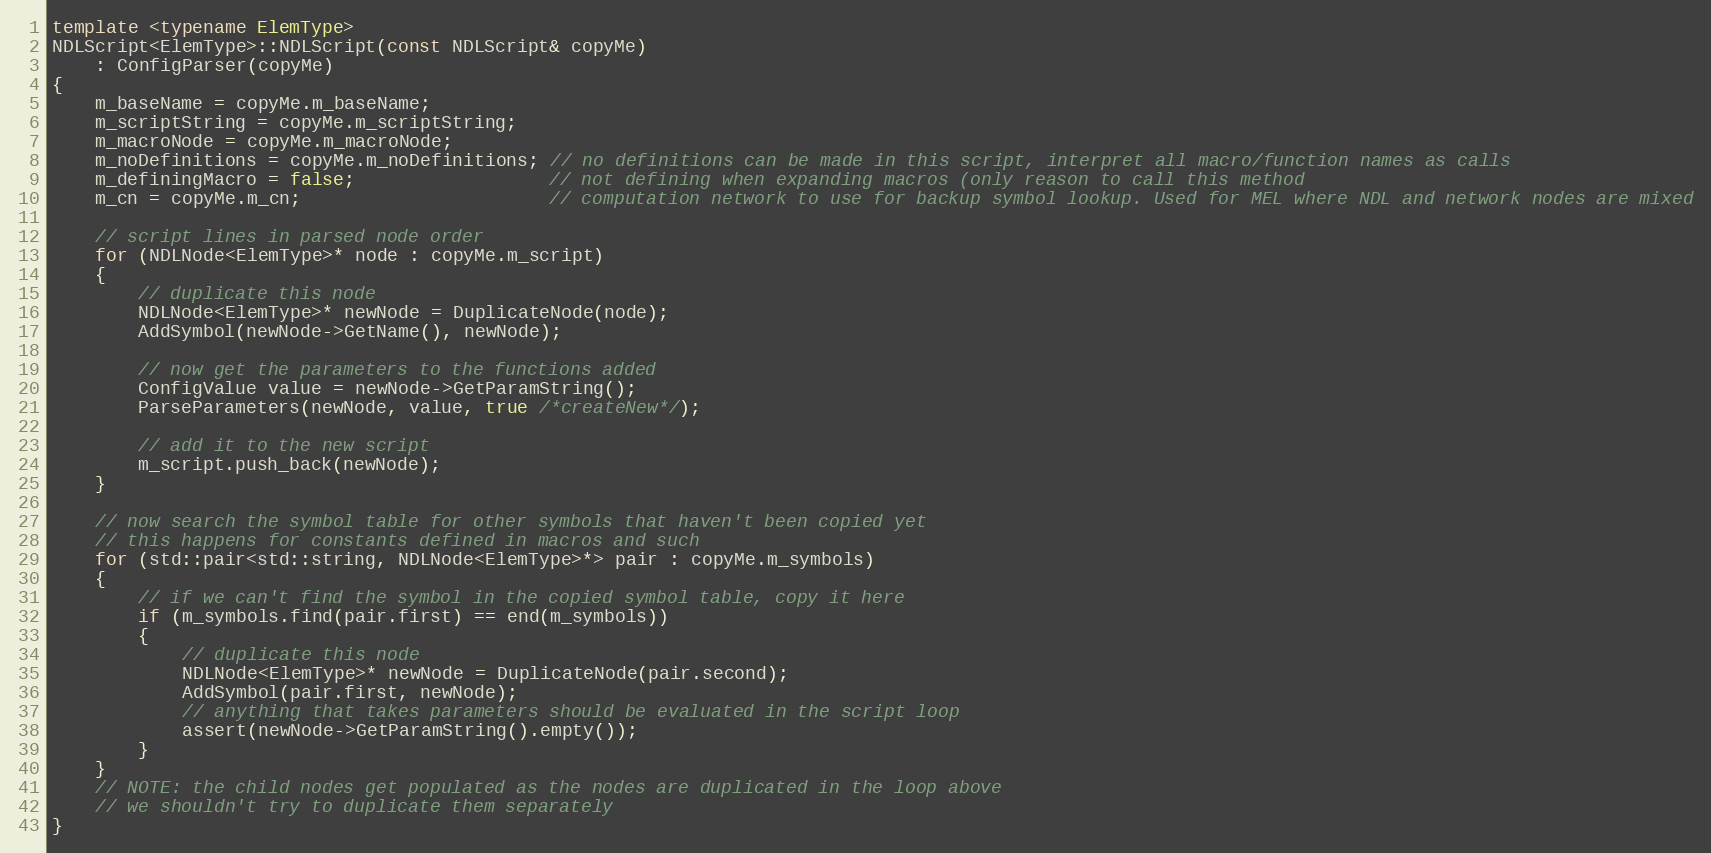
Language: C++
template <typename ElemType>
NDLScript<ElemType>::NDLScript(const NDLScript& copyMe)
    : ConfigParser(copyMe)
{
    m_baseName = copyMe.m_baseName;
    m_scriptString = copyMe.m_scriptString;
    m_macroNode = copyMe.m_macroNode;
    m_noDefinitions = copyMe.m_noDefinitions; // no definitions can be made in this script, interpret all macro/function names as calls
    m_definingMacro = false;                  // not defining when expanding macros (only reason to call this method
    m_cn = copyMe.m_cn;                       // computation network to use for backup symbol lookup. Used for MEL where NDL and network nodes are mixed

    // script lines in parsed node order
    for (NDLNode<ElemType>* node : copyMe.m_script)
    {
        // duplicate this node
        NDLNode<ElemType>* newNode = DuplicateNode(node);
        AddSymbol(newNode->GetName(), newNode);

        // now get the parameters to the functions added
        ConfigValue value = newNode->GetParamString();
        ParseParameters(newNode, value, true /*createNew*/);

        // add it to the new script
        m_script.push_back(newNode);
    }

    // now search the symbol table for other symbols that haven't been copied yet
    // this happens for constants defined in macros and such
    for (std::pair<std::string, NDLNode<ElemType>*> pair : copyMe.m_symbols)
    {
        // if we can't find the symbol in the copied symbol table, copy it here
        if (m_symbols.find(pair.first) == end(m_symbols))
        {
            // duplicate this node
            NDLNode<ElemType>* newNode = DuplicateNode(pair.second);
            AddSymbol(pair.first, newNode);
            // anything that takes parameters should be evaluated in the script loop
            assert(newNode->GetParamString().empty());
        }
    }
    // NOTE: the child nodes get populated as the nodes are duplicated in the loop above
    // we shouldn't try to duplicate them separately
}